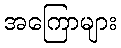
အကြောများ